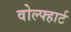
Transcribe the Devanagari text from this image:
वोल्फ्हार्ट